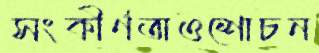
সংকীর্ণতাওশোচন